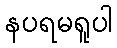
နပရမရူပါ